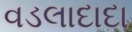
વડલાદાદા